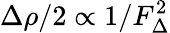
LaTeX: \Delta\rho/2\propto 1/F_{\Delta}^{2}